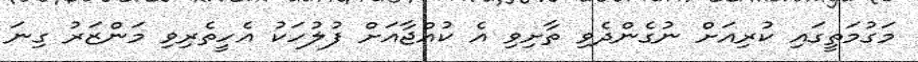
މަގުމަތީގައި ކުރިއަށް ނުގެންދެވި ތާށިވި އެ ކުއްޖާއަށް ފުލުހަކު އެހީތެރިވި މަންޒަރު ގިނަ